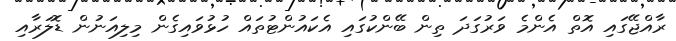
ރާއްޖޭގައި އޮތް އެންމެ ވަރުގަދަ ތިން ބޭންކުގައި އެކައުންޓުތައް ހުޅުވައިގެން މިލިއަނުން ޑޮލަރާއި